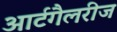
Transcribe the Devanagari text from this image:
आर्टगैलरीज